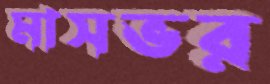
মাসভর